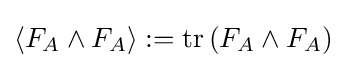
\langle F_{A}\wedge F_{A}\rangle :=\operatorname {tr} \left(F_{A}\wedge F_{A}\right)